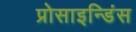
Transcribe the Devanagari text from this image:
प्रोसाइन्डिंस